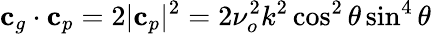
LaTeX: \mathbf{c}_{g}\cdot\mathbf{c}_{p}=2|\mathbf{c}_{p}|^{2}=2\nu_{o}^{2}k^{2}\cos^{2}\theta\sin^{4}\theta